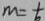
m = \frac { 1 } { 6 }